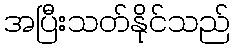
အပြီးသတ်နိုင်သည်